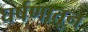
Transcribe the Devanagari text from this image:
घर्षणातून